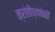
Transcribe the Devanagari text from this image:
क्रांतीच्यावेळी